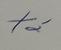
Signature authenticity: genuine